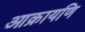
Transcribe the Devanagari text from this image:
आक्रायणि